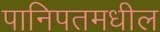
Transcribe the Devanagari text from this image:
पानिपतमधील